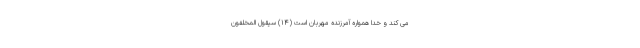
مى كند و خدا همواره آمرزنده مهربان است (۱۴) سَيَقُولُ الْمُخَلَّفُونَ